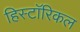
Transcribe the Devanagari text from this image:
हिस्टाॅरिकल